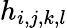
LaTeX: h_{i,j,k,l}